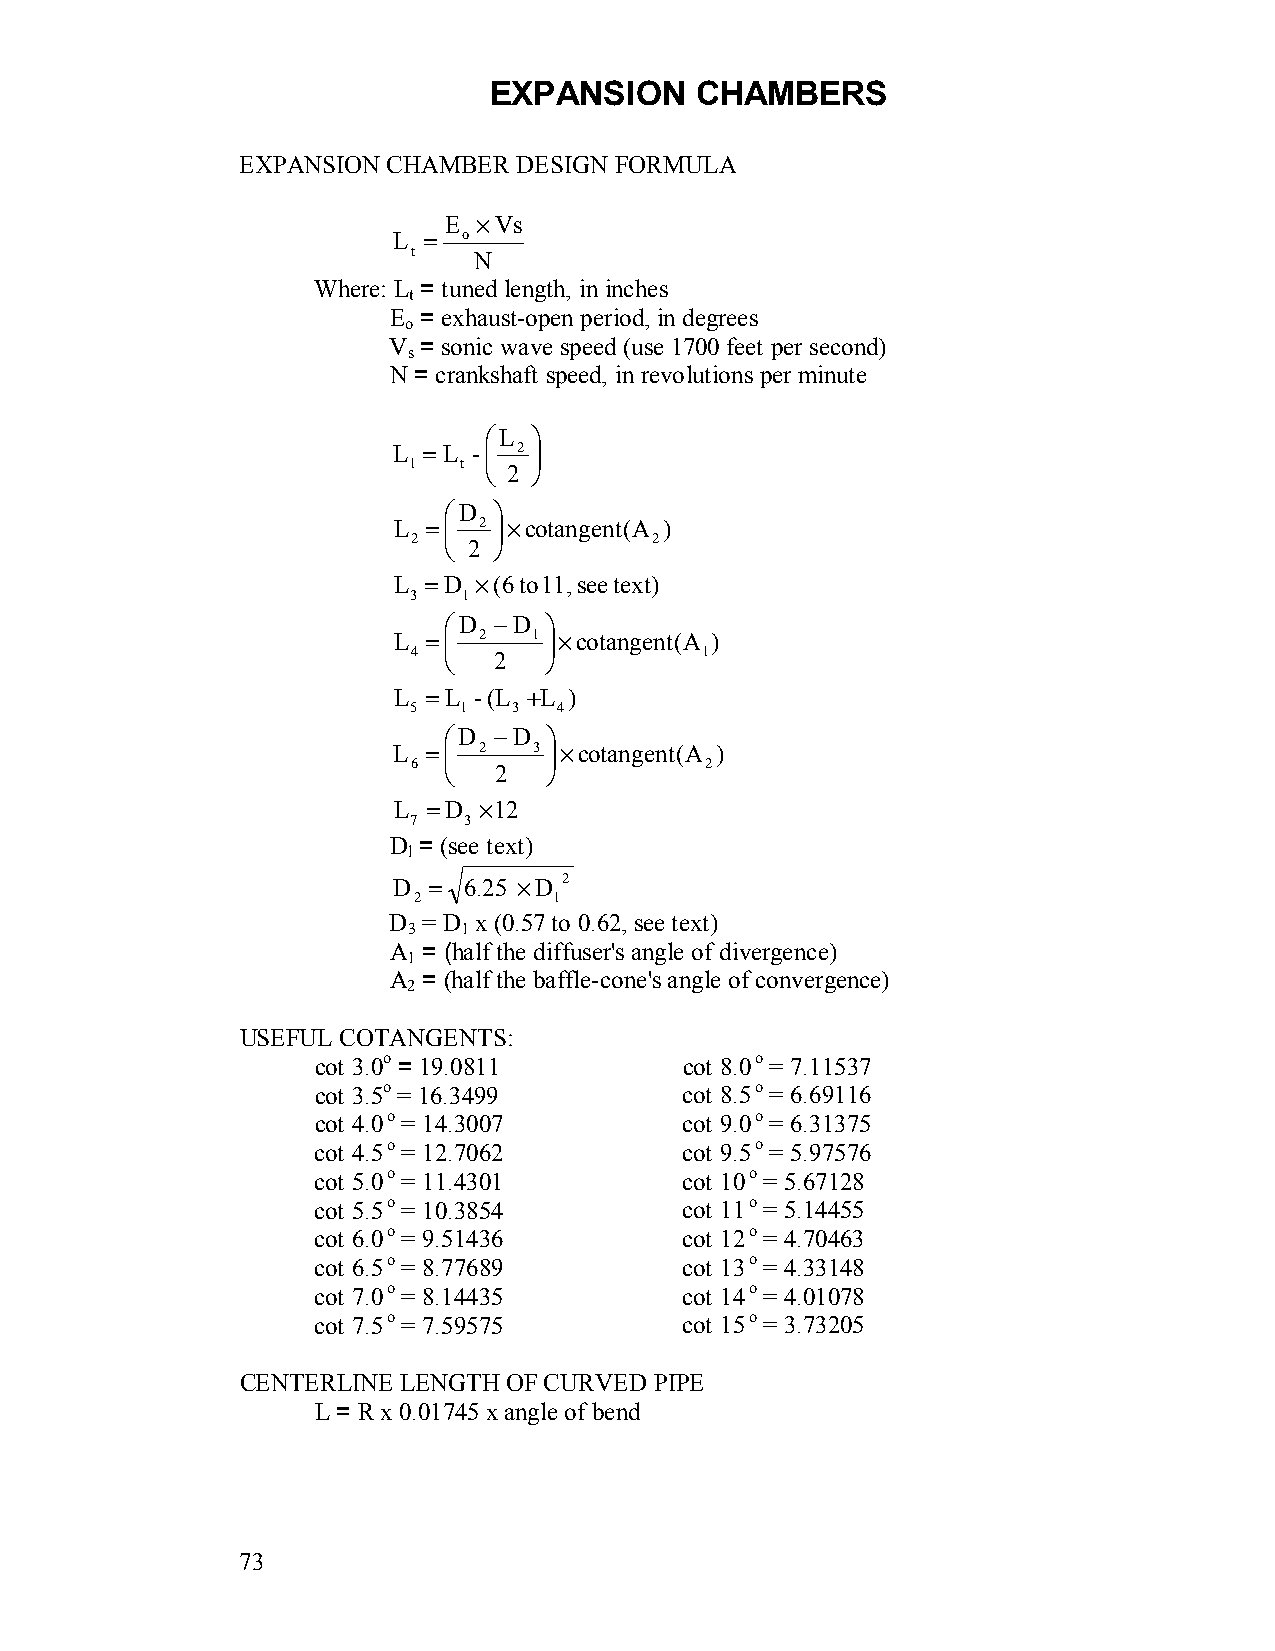
EXPANSION     CHAMBERS
 EXPANSION CHAMBER DESIGN FORMULA
 E  × Vs
 L =  o
 t   N
 Where: L = tuned length, in inches
 t
 E = exhaust-open period, in degrees
 o
 V = sonic wave speed (use 1700 feet per second)
 s
 N = crankshaft speed, in revolutions per minute
 L 
 L = L -  2 
 1  t  2 
 D  
 L =  2 ×cotangent(A )
 2  2          2
 L = D ×(6 to 11, see text)
 3   1
 D  −D 
 L =  2  1 ×cotangent(A )
 4    2           1
 L = L - (L +L )
 5  1   3  4
 D  −D 
 L =  2  3 ×cotangent(A )
 6    2            2
 L = D × 12
 7   3
 D = (see text)
 l
 D =  6.25 × D 2
 2         1
 D = D x (0.57 to 0.62, see text)
 3   1
 A = (half the diffuser's angle of divergence)
 1
 A = (half the baffle-cone's angle of convergence)
 2
 USEFUL COTANGENTS:
 cot 3.0o = 19.0811      cot 8.0 o = 7.11537
 cot 3.5o = 16.3499      cot 8.5 o = 6.69116
 cot 4.0 o = 14.3007     cot 9.0 o = 6.31375
 cot 4.5 o = 12.7062     cot 9.5 o = 5.97576
 cot 5.0 o = 11.4301     cot 10 o = 5.67128
 cot 5.5 o = 10.3854     cot 11 o = 5.14455
 cot 6.0 o = 9.51436     cot 12 o = 4.70463
 cot 6.5 o = 8.77689     cot 13 o = 4.33148
 cot 7.0 o = 8.14435     cot 14 o = 4.01078
 cot 7.5 o = 7.59575     cot 15 o = 3.73205
 CENTERLINE LENGTH OF CURVED PIPE
 L = R x 0.01745 x angle of bend
 73